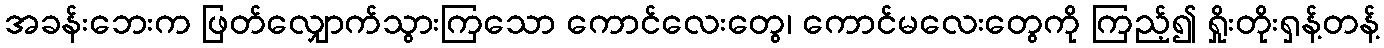
အခန်းဘေးက ဖြတ်လျှောက်သွားကြသော ကောင်လေးတွေ၊ ကောင်မလေးတွေကို ကြည့်၍ ရှိုးတိုးရှန့်တန့်